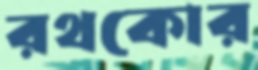
রথকোর